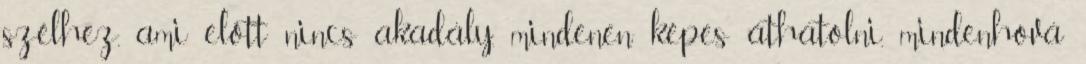
szélhez, ami előtt nincs akadály, mindenen képes áthatolni, mindenhová